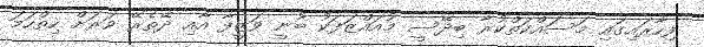
ފިހާރައިގައި މަސައްކަތްކުރާ ބިދޭސީ މުއައްޒަފަކު ބުނީ ވަޒީފާ އާއި ދޭތެރޭ ވަރަށް ހިތްހަމަ